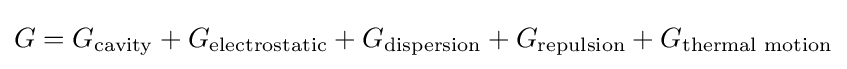
G=G_{\mathrm {cavity} }+G_{\mathrm {electrostatic} }+G_{\mathrm {dispersion} }+G_{\mathrm {repulsion} }+G_{\text{thermal motion}}